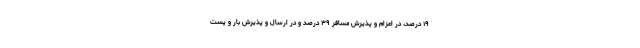
۱۹ درصد، در اعزام و پذیرش مسافر ۳۹ درصد و در ارسال و پذیرش بار و پست